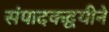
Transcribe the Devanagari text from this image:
संपादकद्वयीने